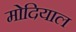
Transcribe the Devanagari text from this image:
मोदियाल